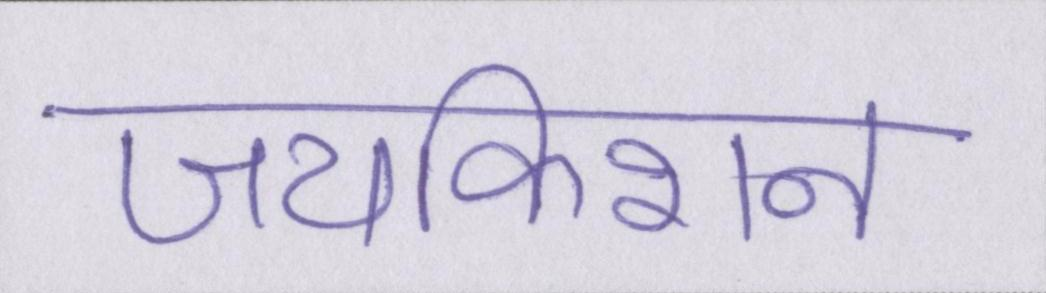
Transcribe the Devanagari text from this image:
जयकिशन